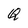
Character: Q